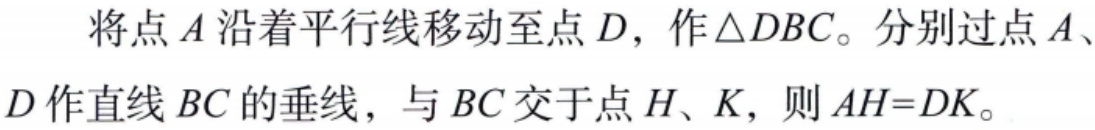
将点\(A\)沿着平行线移动至点\(D\)，作\(\triangle DBC\)。分别过点\(A\)、\(D\)作直线\(BC\)的垂线，与\(BC\)交于点\(H\)、\(K\)，则\(AH = DK\)。